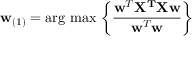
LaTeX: \mathbf { w } _ { ( 1 ) } = { \operatorname { \arg \, m a x } } \, \left\{ { \frac { \mathbf { w } ^ { T } \mathbf { X ^ { T } } \mathbf { X w } } { \mathbf { w } ^ { T } \mathbf { w } } } \right\}